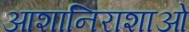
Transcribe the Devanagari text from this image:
आशानिराशाओं